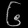
Digit: ၆